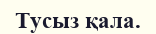
Тусыз қала.